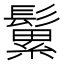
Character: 𩮹